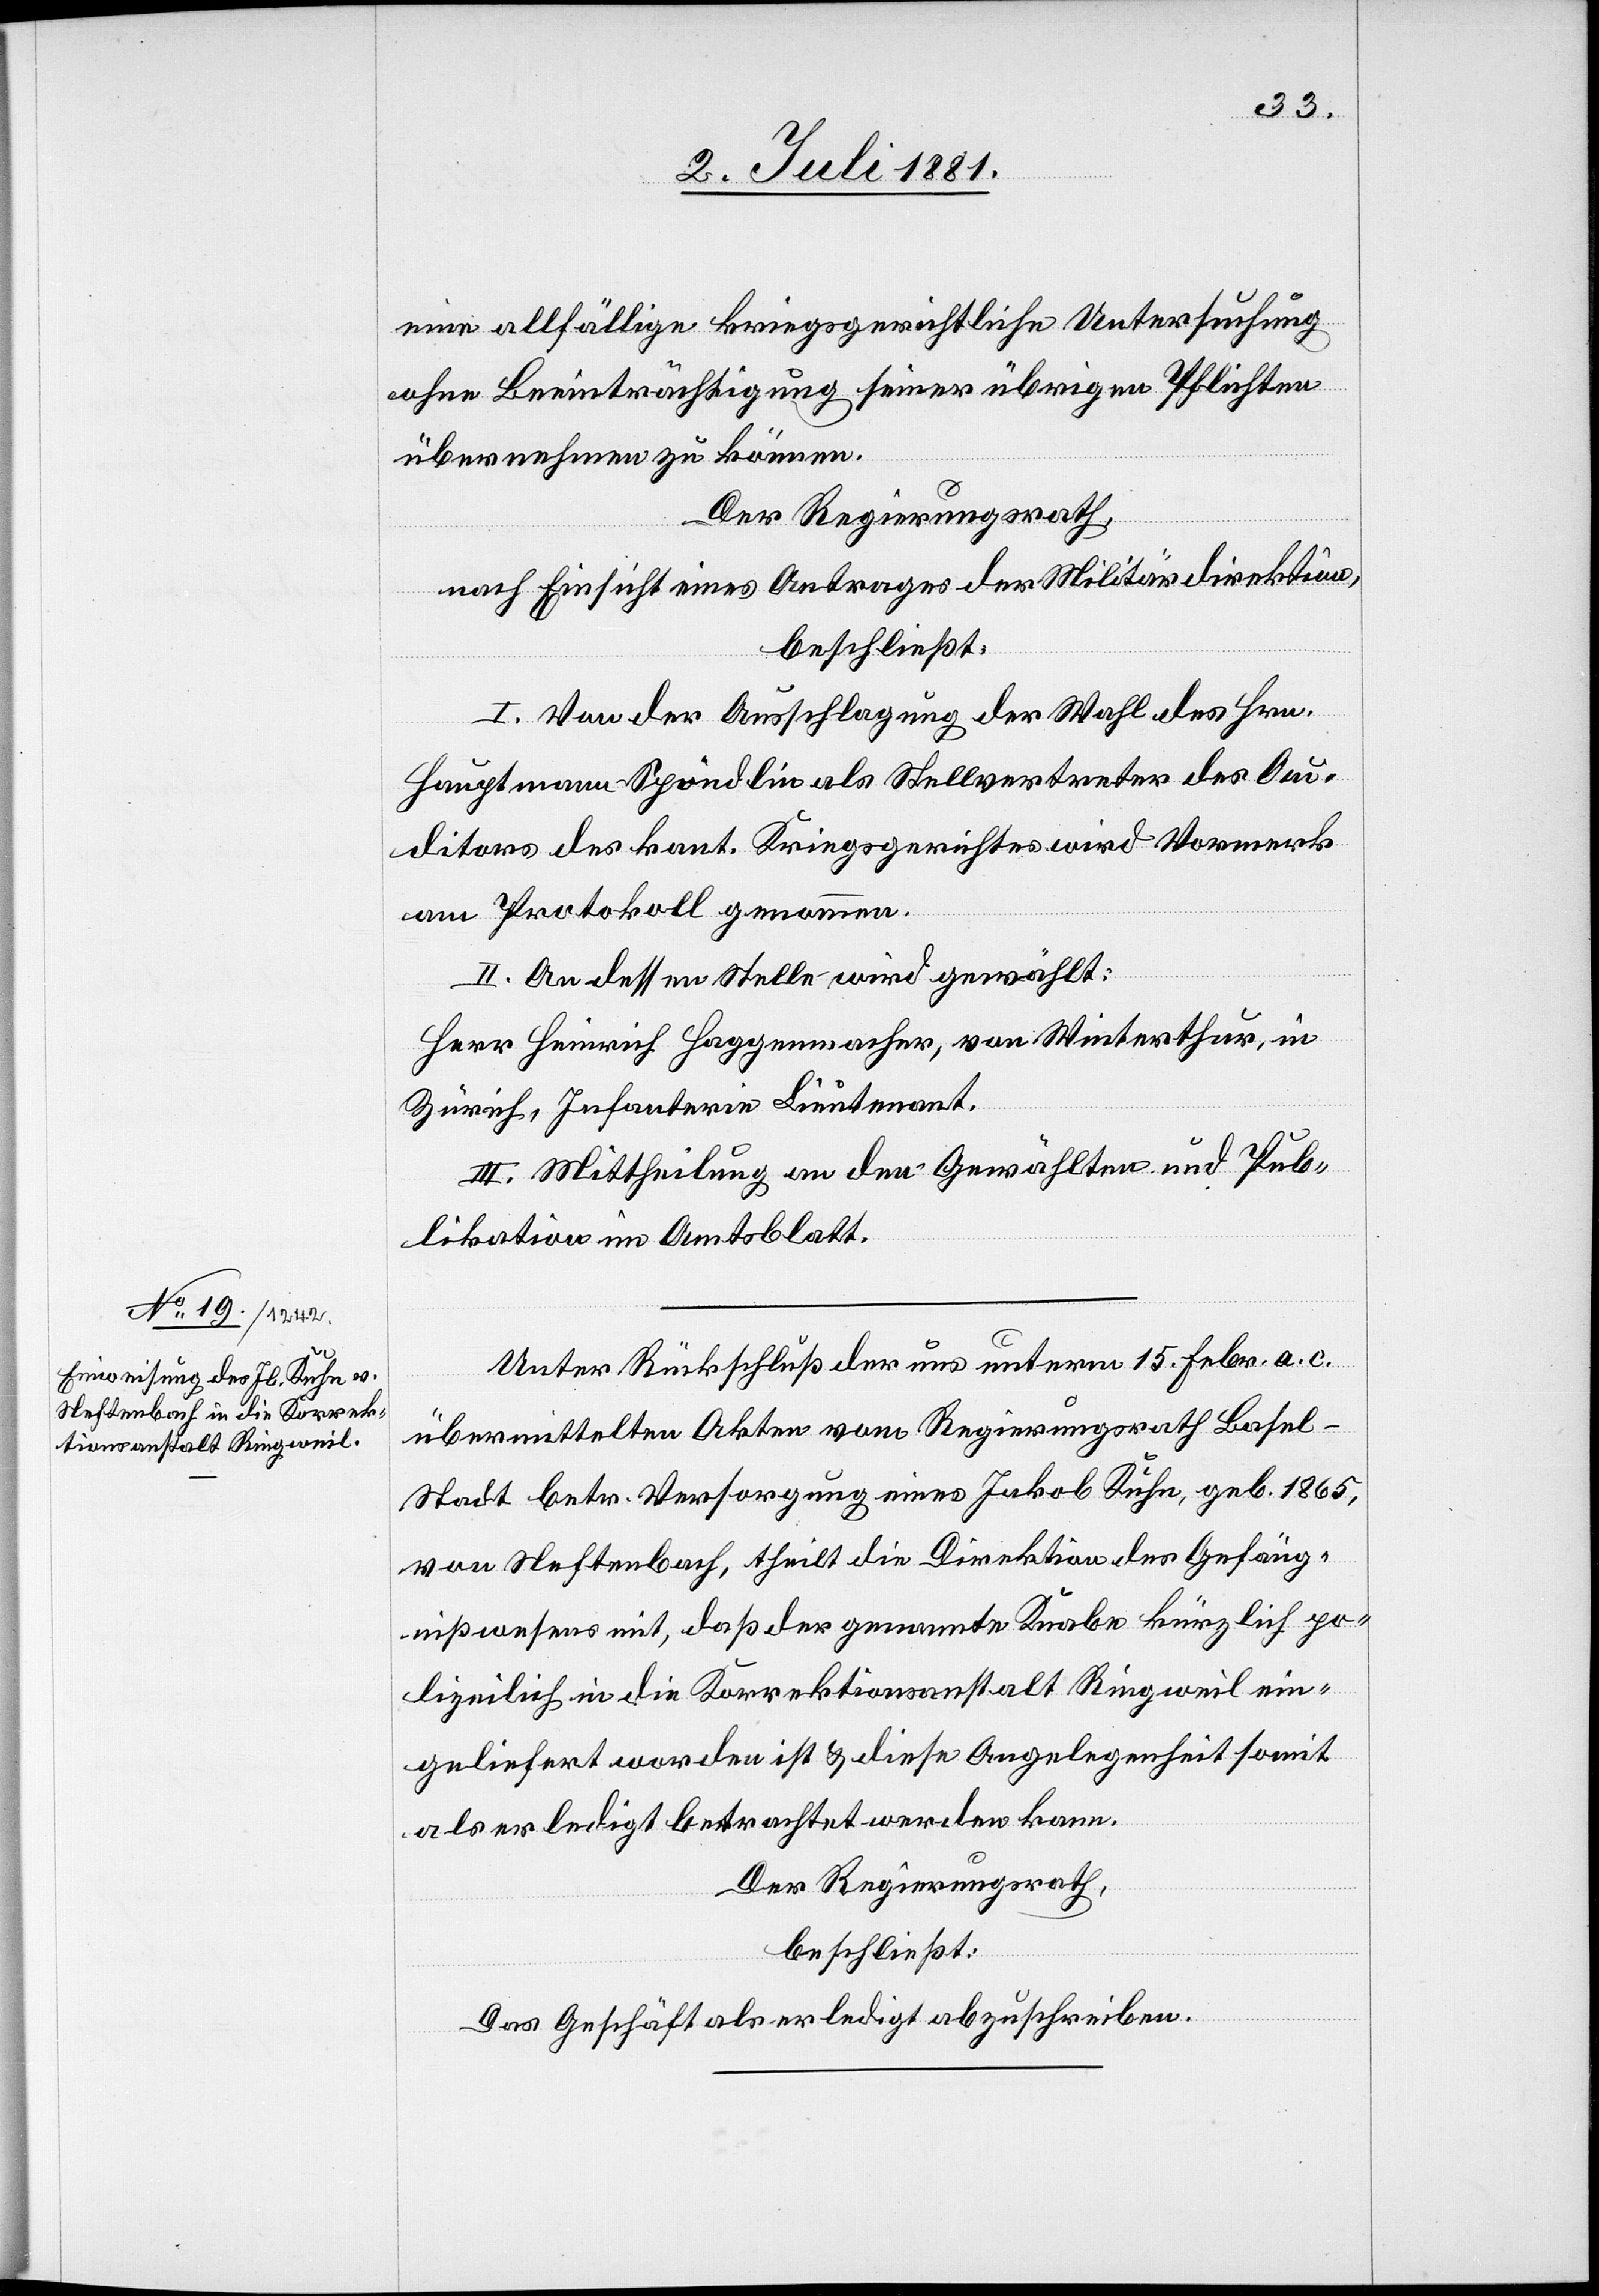
eine allfällige kriegsgerichtliche Untersuchung
ohne Beeinträchtigung seiner übrigen Pflichten
übernehmen zu können.
Der Regierungsrath,
nach Einsicht eines Antrages der Militärdirektion,
beschließt:
I. Von der Ausschlagung der Wahl des Hrn.
Hauptmann Spöndlin als Stellvertreter des Au¬
ditors des kant. Kriegsgerichtes wird Vormerk
am Protokoll genommen.
II. An dessen Stelle wird gewählt:
Herr Heinrich Haggenmacher, von Winterthur, in
Zürich, Infanterie Lieutenant.
III. Mittheilung an den Gewählten und Pub¬
likation im Amtsblatt.
Unter Rückschluß der uns unterm 15. Febr. a. c.
übermittelten Akten vom Regierungsrath Basel-S¬
tadt betr. Versorgung eines Jakob Kuhn, geb. 1865,
von Neftenbach, theilt die Direktion des Gefäng¬
nißwesens mit, daß der genannte Knabe kürzlich po¬
lizeilich in die Korrektionsanstalt Ringweil ein¬
geliefert worden ist & diese Angelegenheit somit
als erledigt betrachtet werden kann.
Der Regierungsrath,
beschließt:
Das Geschäft als erledigt abzuschreiben.